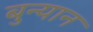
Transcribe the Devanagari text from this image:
बुन्यान